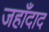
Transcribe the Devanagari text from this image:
जहाँदाद